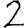
Digit: 2